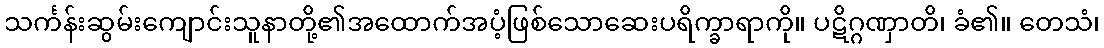
သင်္ကန်းဆွမ်းကျောင်းသူနာတို့၏အထောက်အပံ့ဖြစ်သောဆေးပရိက္ခာရာကို။ ပဋိဂ္ဂဏှာတိ၊ ခံ၏။ တေသံ၊